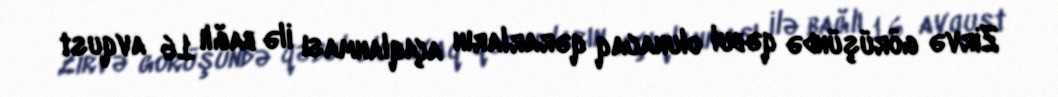
Zirvə görüşündə qəbul olunacaq qərarların açıqlanması ilə bağlı 16 avqust